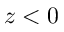
z < 0